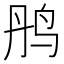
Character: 𫛝